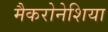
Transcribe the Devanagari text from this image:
मैकरोनेशिया